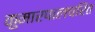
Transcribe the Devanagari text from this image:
कुमारपालचरित